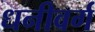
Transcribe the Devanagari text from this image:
धनीवर्ग